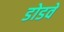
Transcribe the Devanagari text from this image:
डोडवे